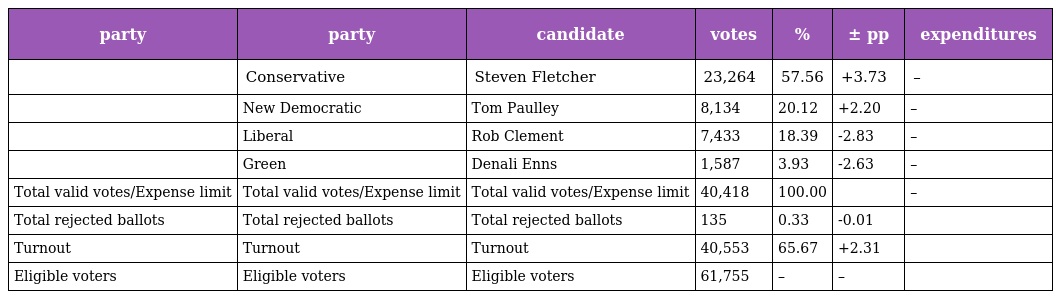
| party | party | candidate | votes | % | ± pp | expenditures |
 | --- | --- | --- | --- | --- | --- | --- |
 |  | Conservative | Steven Fletcher | 23,264 | 57.56 | +3.73 | – |
 |  | New Democratic | Tom Paulley | 8,134 | 20.12 | +2.20 | – |
 |  | Liberal | Rob Clement | 7,433 | 18.39 | -2.83 | – |
 |  | Green | Denali Enns | 1,587 | 3.93 | -2.63 | – |
 | Total valid votes/Expense limit | Total valid votes/Expense limit | Total valid votes/Expense limit | 40,418 | 100.00 |  | – |
 | Total rejected ballots | Total rejected ballots | Total rejected ballots | 135 | 0.33 | -0.01 |  |
 | Turnout | Turnout | Turnout | 40,553 | 65.67 | +2.31 |  |
 | Eligible voters | Eligible voters | Eligible voters | 61,755 | – | – |  |